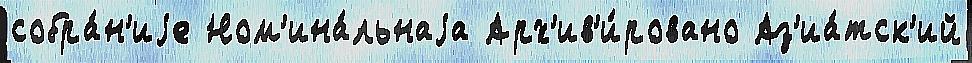
собра́н'иjе Ном'ина́льнаjа Арх'ив'и́ровано Аз'иа́тск'ий